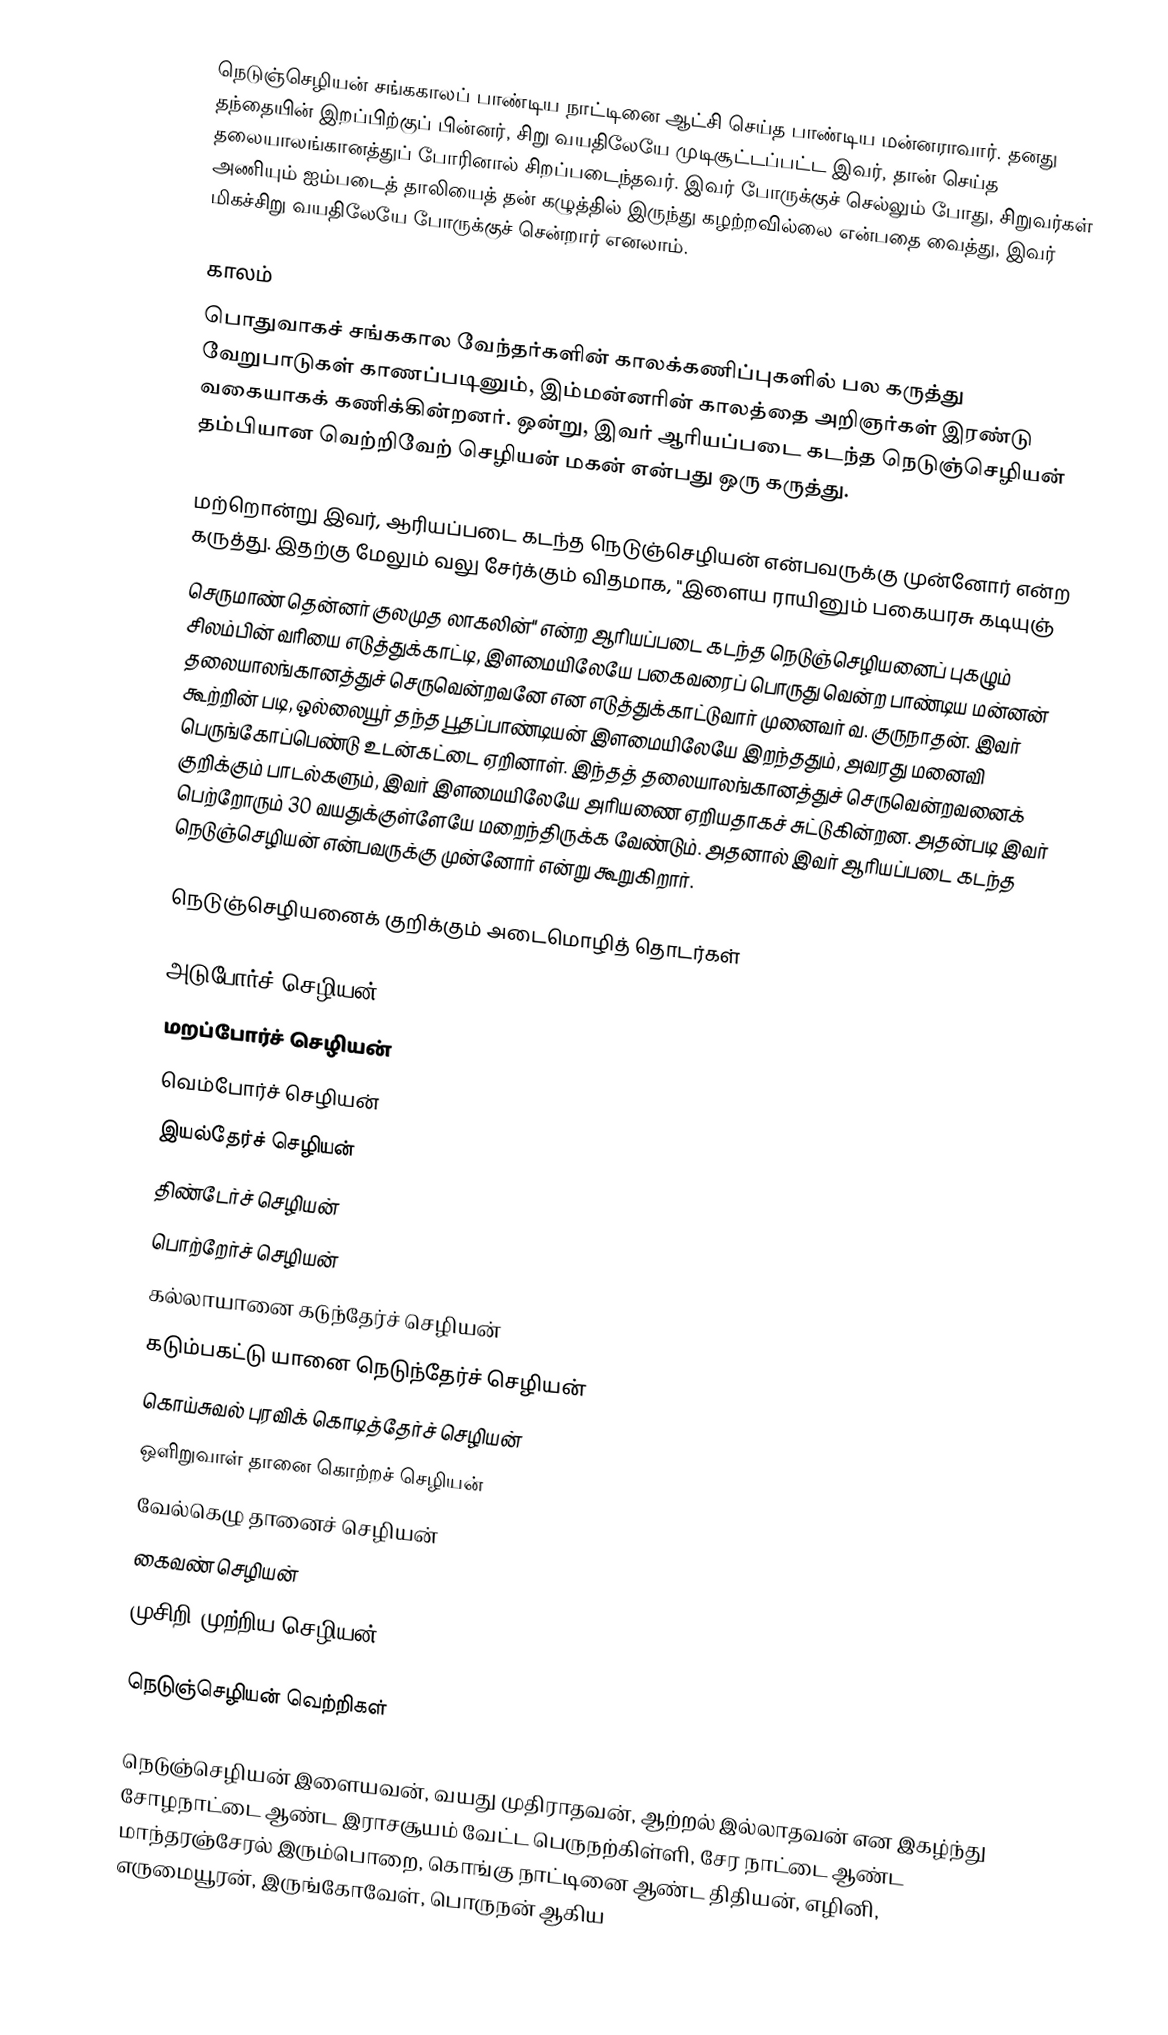
நெடுஞ்செழியன் சங்ககாலப் பாண்டிய நாட்டினை ஆட்சி செய்த பாண்டிய மன்னராவார். தனது தந்தையின் இறப்பிற்குப் பின்னர், சிறு வயதிலேயே முடிசூட்டப்பட்ட இவர், தான் செய்த தலையாலங்கானத்துப் போரினால் சிறப்படைந்தவர்.  இவர் போருக்குச் செல்லும் போது, சிறுவர்கள் அணியும் ஐம்படைத் தாலியைத் தன் கழுத்தில் இருந்து கழற்றவில்லை என்பதை வைத்து, இவர் மிகச்சிறு வயதிலேயே போருக்குச் சென்றார் எனலாம்.

காலம்
பொதுவாகச் சங்ககால வேந்தர்களின் காலக்கணிப்புகளில் பல கருத்து வேறுபாடுகள் காணப்படினும், இம்மன்னரின் காலத்தை அறிஞர்கள் இரண்டு வகையாகக் கணிக்கின்றனர். ஒன்று, இவர் ஆரியப்படை கடந்த நெடுஞ்செழியன் தம்பியான வெற்றிவேற் செழியன் மகன் என்பது ஒரு கருத்து.

மற்றொன்று இவர், ஆரியப்படை கடந்த நெடுஞ்செழியன் என்பவருக்கு முன்னோர் என்ற கருத்து. இதற்கு மேலும் வலு சேர்க்கும் விதமாக, "இளைய ராயினும் பகையரசு கடியுஞ்
செருமாண் தென்னர் குலமுத லாகலின்" என்ற ஆரியப்படை கடந்த நெடுஞ்செழியனைப் புகழும் சிலம்பின் வரியை எடுத்துக்காட்டி, இளமையிலேயே பகைவரைப் பொருது வென்ற பாண்டிய மன்னன் தலையாலங்கானத்துச் செருவென்றவனே என எடுத்துக்காட்டுவார் முனைவர் வ. குருநாதன். இவர் கூற்றின் படி, ஒல்லையூர் தந்த பூதப்பாண்டியன் இளமையிலேயே இறந்ததும், அவரது மனைவி பெருங்கோப்பெண்டு உடன்கட்டை ஏறினாள். இந்தத் தலையாலங்கானத்துச் செருவென்றவனைக் குறிக்கும் பாடல்களும், இவர் இளமையிலேயே அரியணை ஏறியதாகச் சுட்டுகின்றன. அதன்படி இவர் பெற்றோரும் 30 வயதுக்குள்ளேயே மறைந்திருக்க வேண்டும். அதனால் இவர் ஆரியப்படை கடந்த நெடுஞ்செழியன் என்பவருக்கு முன்னோர் என்று கூறுகிறார்.

நெடுஞ்செழியனைக் குறிக்கும் அடைமொழித் தொடர்கள்

அடுபோர்ச் செழியன்
மறப்போர்ச் செழியன்
வெம்போர்ச் செழியன்
இயல்தேர்ச் செழியன்
திண்டேர்ச் செழியன்
பொற்றேர்ச் செழியன்
கல்லாயானை கடுந்தேர்ச் செழியன்
கடும்பகட்டு யானை நெடுந்தேர்ச் செழியன்
கொய்சுவல் புரவிக் கொடித்தேர்ச் செழியன்
ஒளிறுவாள் தானை கொற்றச் செழியன்
வேல்கெழு தானைச் செழியன்
கைவண் செழியன்
முசிறி முற்றிய செழியன்

நெடுஞ்செழியன் வெற்றிகள்

நெடுஞ்செழியன் இளையவன், வயது முதிராதவன், ஆற்றல் இல்லாதவன் என இகழ்ந்து சோழநாட்டை ஆண்ட இராசசூயம் வேட்ட பெருநற்கிள்ளி, சேர நாட்டை ஆண்ட மாந்தரஞ்சேரல் இரும்பொறை, கொங்கு நாட்டினை ஆண்ட திதியன், எழினி, எருமையூரன், இருங்கோவேள், பொருநன் ஆகிய